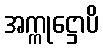
အက္ကုဋ္ဌောပိ